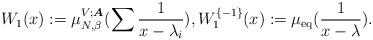
LaTeX: \begin{align*} W_{1} (x):=\mu_{N, \beta}^{V;\boldsymbol{A}}(\sum \frac{1}{x-\lambda_{i}}), W_1^{\{-1\}}(x):={\mu_{\mathrm{eq}}}(\frac{1}{x-\lambda}). \end{align*}